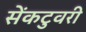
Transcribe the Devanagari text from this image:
सेंकटुवरी